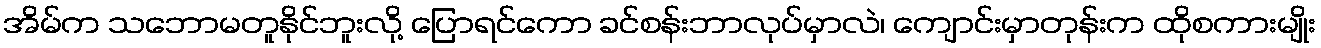
အိမ်က သဘောမတူနိုင်ဘူးလို့ ပြောရင်ကော ခင်စန်းဘာလုပ်မှာလဲ၊ ကျောင်းမှာတုန်းက ထိုစကားမျိုး